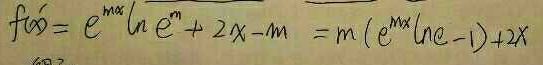
f ^ { \prime } ( x ) = e ^ { m x } \ln e ^ { m } + 2 x - m = m ( e ^ { m x } \ln e - 1 ) + 2 x